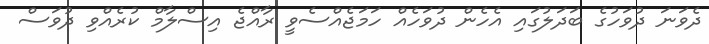
ދެވަނަ ދުވަހުގެ ބަދަލުގައި އެހެން ދުވަހެއް ހަމަޖެއްސެވީ ރާއްޖެ އިސްލާމް ކުރެއްވި ދުވަސް